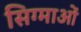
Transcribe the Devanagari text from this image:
सिग्माओं